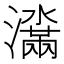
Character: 𬉞